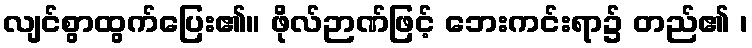
လျင်စွာထွက်ပြေး၏။ ဖိုလ်ဉာဏ်ဖြင့် ဘေးကင်းရာ၌ တည်၏ ၊